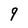
Character: 9